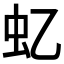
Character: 𧈝